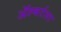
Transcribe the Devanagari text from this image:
ॲल्बर्टला